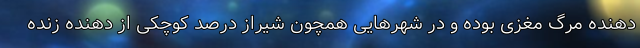
دهنده مرگ مغزی بوده و در شهرهایی همچون شیراز درصد کوچکی از دهنده زنده